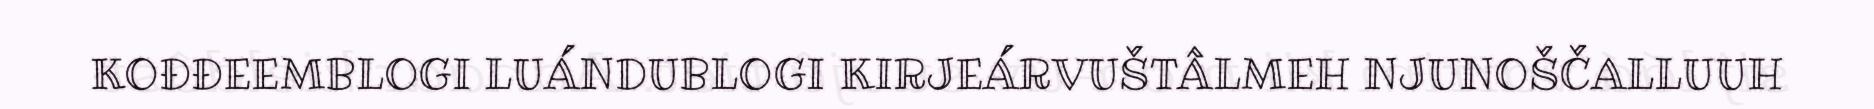
KOĐĐEEMBLOGI LUÁNDUBLOGI KIRJEÁRVUŠTÂLMEH NJUNOŠČALLUUH